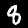
Digit: 8